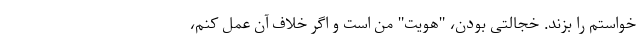
خواستم را بزند. خجالتی بودن، "هویت" من است و اگر خلاف آن عمل کنم،